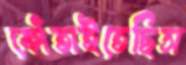
কোঁতাইতেছিস